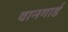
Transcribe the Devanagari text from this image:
वानगार्ड